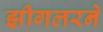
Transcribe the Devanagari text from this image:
झीगलरने